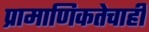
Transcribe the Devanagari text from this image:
प्रामाणिकतेचाही